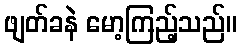
ဖျတ်ခနဲ မော့ကြည့်သည်။